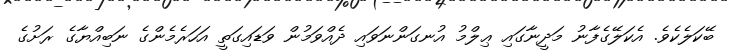
ބޭކަލެކެވެ. އެކަލޭގެފާނު މަދީނާގައި ޢިލްމު އުނގަންނަވައި ދެއްވަމުން ވަޑައިގަތީ އަހަރެމެންގެ ނަބިއްޔާގެ ރަށުގެ